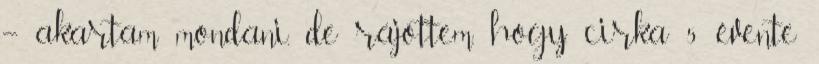
– akartam mondani, de rájöttem, hogy cirka 5 évente